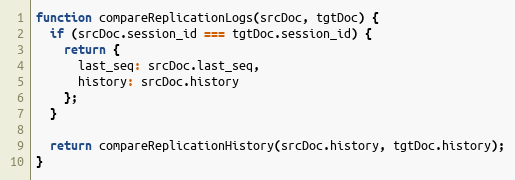
Language: JavaScript
function compareReplicationLogs(srcDoc, tgtDoc) {
  if (srcDoc.session_id === tgtDoc.session_id) {
    return {
      last_seq: srcDoc.last_seq,
      history: srcDoc.history
    };
  }

  return compareReplicationHistory(srcDoc.history, tgtDoc.history);
}